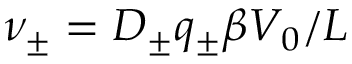
\nu _ { \pm } = D _ { \pm } q _ { \pm } \beta V _ { 0 } / L